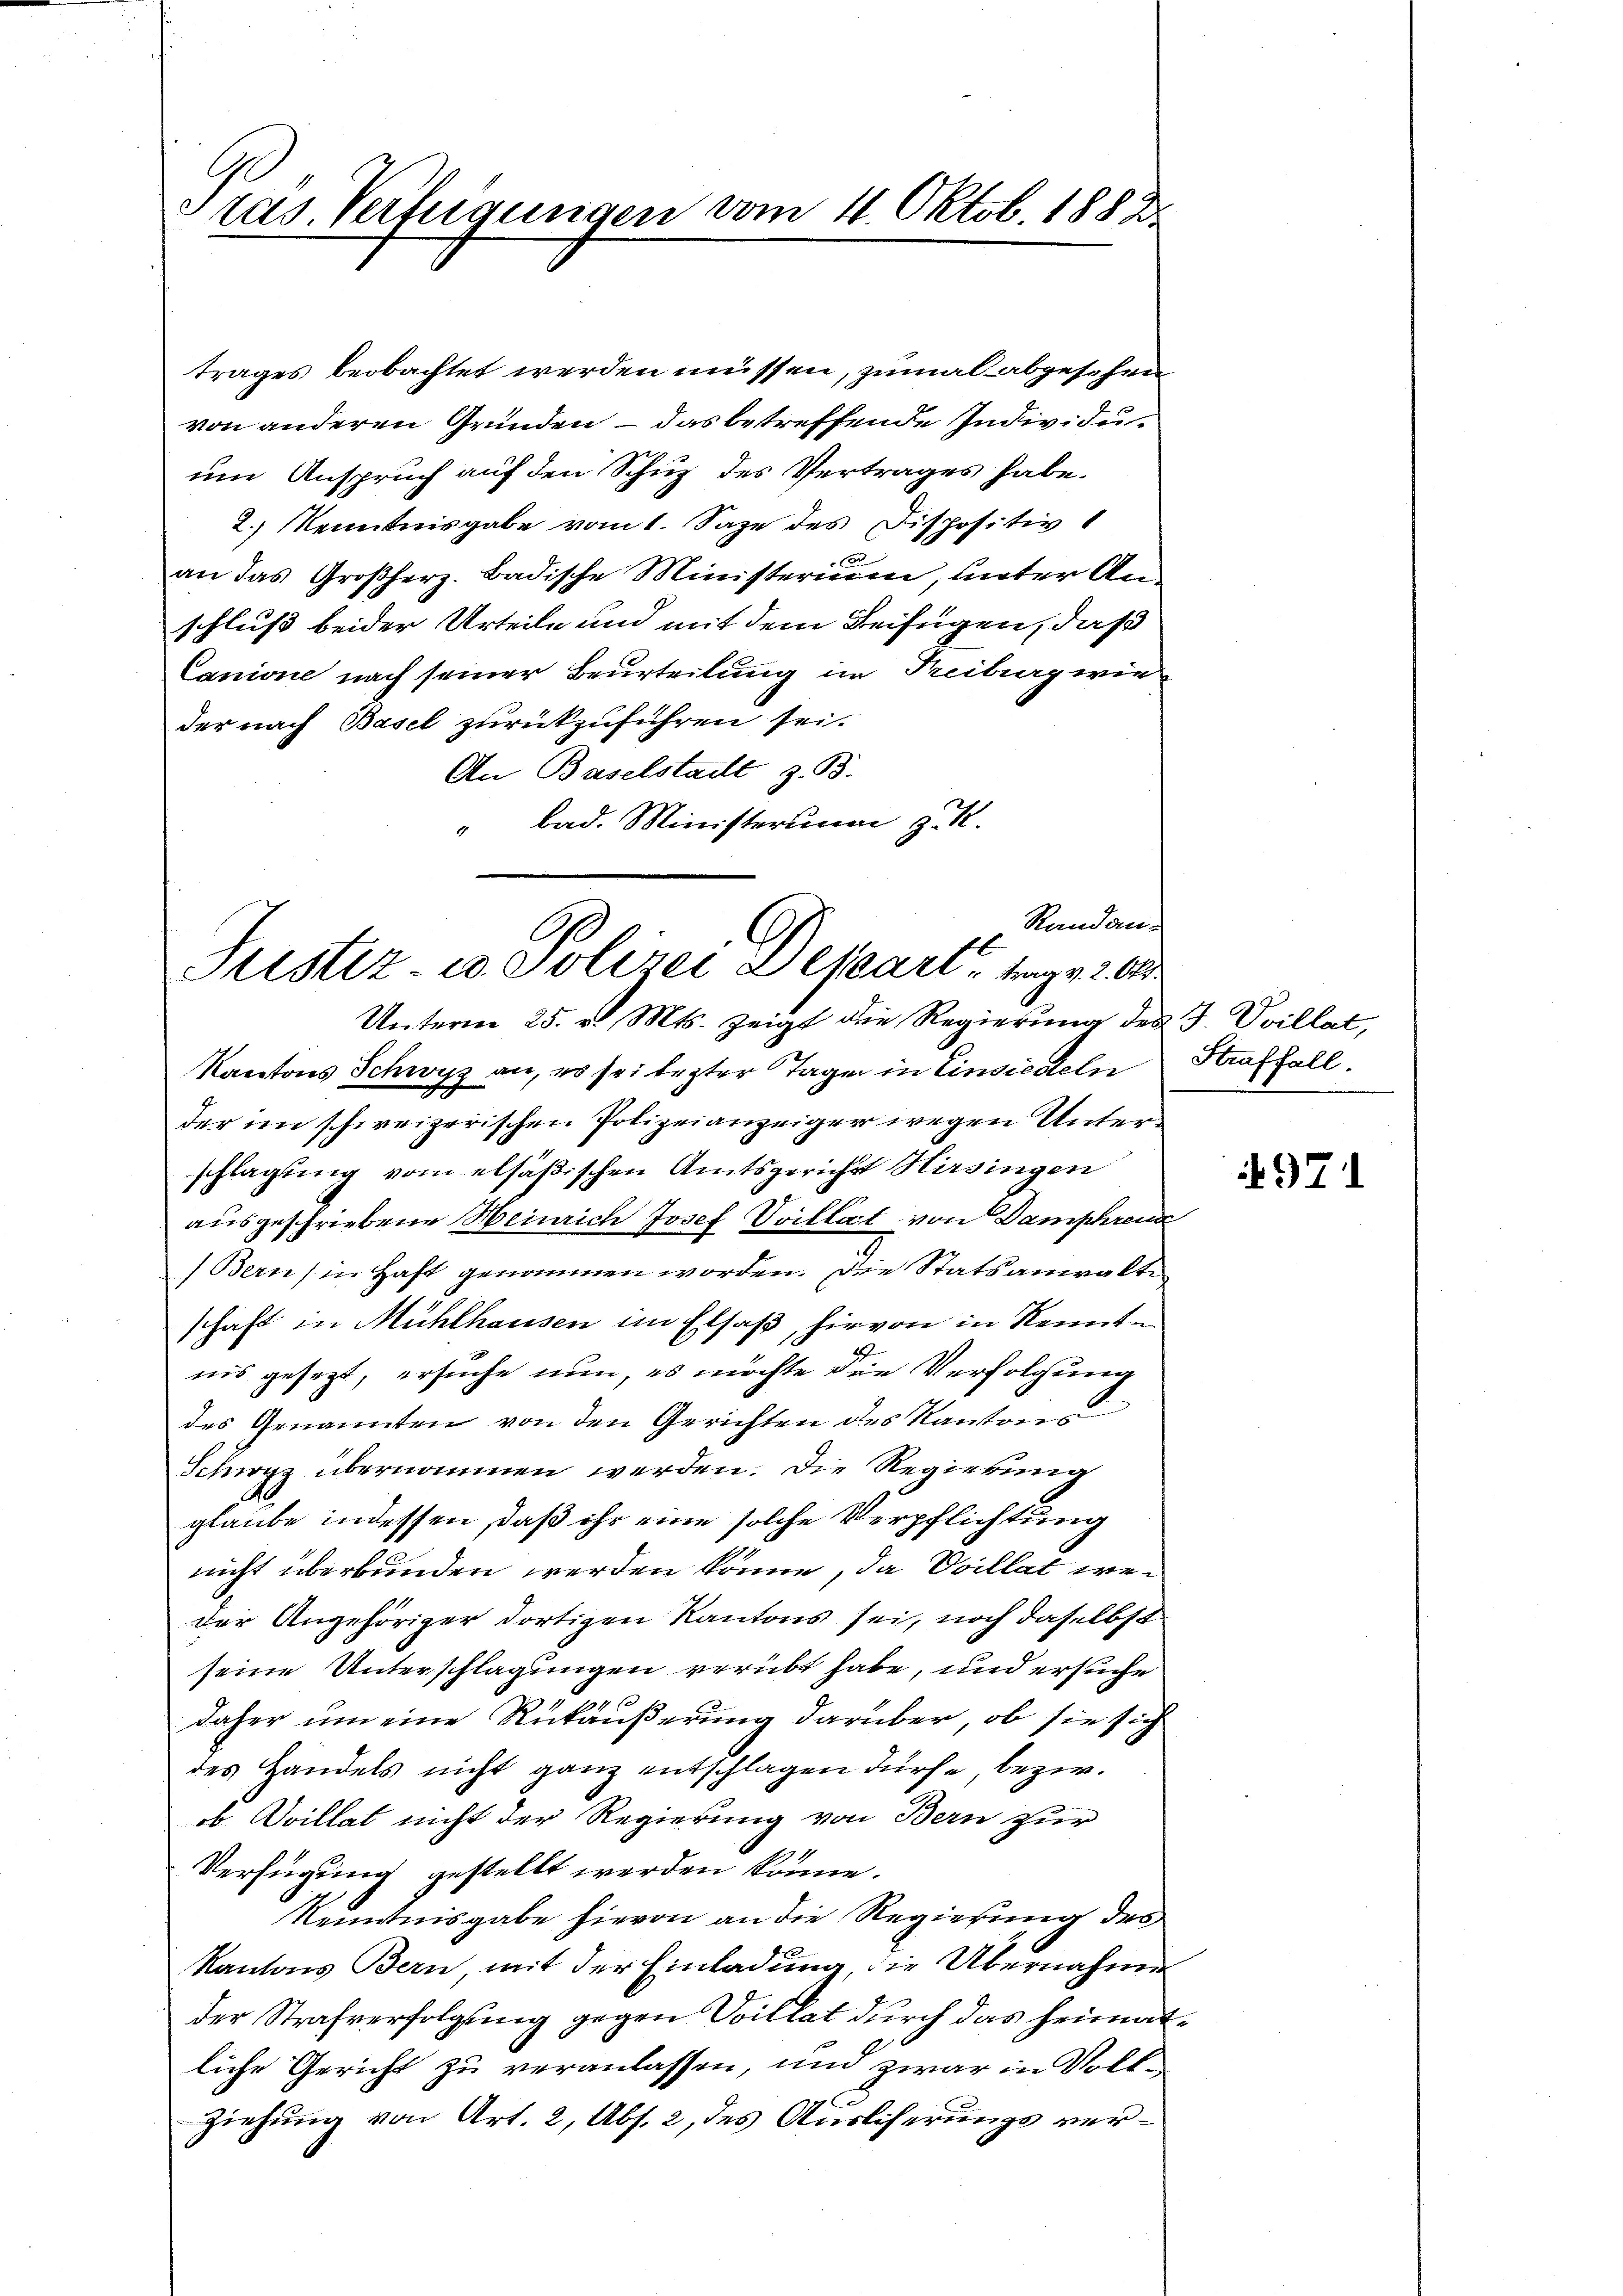
Sras. Vertigungen vom 4. Oktob. 1882

trages beobachtet werden müssen, zumal abgesehen
von anderen Gründen – das betreffende Individuum Anspruch auf den Schuz des Vertrages habe.
2.) Kenntnisgabe vom 1. Sage des Dispositiv
an das Großherz. Badische Ministerium, unter Anschluß beider Urteile und mit dem Beifügen, daß
Canione nach seiner Beurteilung im Treiburg wieder nach Basel zurückzuführen sei.
An Baselstadt z. B.
bad. Ministerung zu
1

Randan¬
C
Justiz- u. Polizei Depart, trage 200
Unterm 25. v. Mts. zeigt die Regierung des J. Vvillat,

Kantons Schwyz an, es sei lezter Tagen in Einsiedeln
der im schweizerischen Polizeianzeiger wegen Unterschlagung vom elsäßischen Amtsgericht Hirsingen
ausgeschriebene Heinrich Josef Spillat von Damphrend
Bern, in Haft genommen worden. Die Statsanwalte
schaft in Mühlhausen im Elsaß, hievon in Kennten
nis gesezt, ersuche nun, es möchte die Verfolgung
des Genannten von den Gerichten des Kantons
Schwyz übernommen werden. Die Regierung
glaube indessen, daß ihr eine solche Verpflichtung
nicht überbunden werden könne, da Villat weder Angehöriger dortigen Kantons sei, noch daselbst
seine Unterschlagungen verübt habe, und ersuche
1f xx
daher um eine Rükäußerung darüber, ob sie sich
des Handels nicht ganz entschlagen dürfe, bezw.
ob Ovillat nicht der Regierung von Bern zur
Verfügung gestellt werden könne.
Kenntnisgabe hievon an die Regierung des
Kantons Bern mit der Einladung, die Übernahme
der Strafverfolgung gegen Villat durch das heimatliche Gericht zu veranlassen, und zwar in Voll¬
Ziehung von Art. 2, Abs. 2, des Ausliserungs ver¬

Straffall.

971